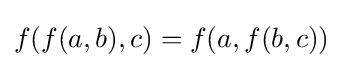
f(f(a,b),c)=f(a,f(b,c))